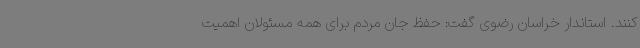
کنند. استاندار خراسان رضوی گفت: حفظ جان مردم برای همه مسئولان اهمیت